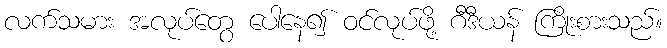
လက်သမား အလုပ်တွေ ပေါနေ၍ ဝင်လုပ်ဖို့ ဂီဒီယန် ကြိုးစားသည်။